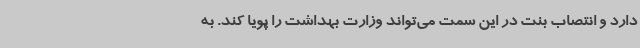
دارد و انتصاب بنت در این سمت می‌تواند وزارت بهداشت را پویا کند. به